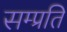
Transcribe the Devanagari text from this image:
सम्‍प्रति